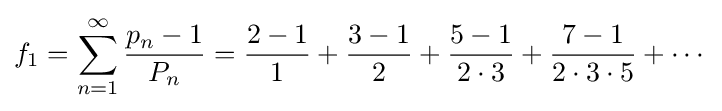
f_{1}=\sum _{n=1}^{\infty }{\frac {p_{n}-1}{P_{n}}}={\frac {2-1}{1}}+{\frac {3-1}{2}}+{\frac {5-1}{2\cdot 3}}+{\frac {7-1}{2\cdot 3\cdot 5}}+\cdots